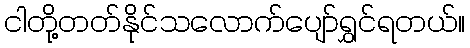
ငါတို့တတ်နိုင်သလောက်ပျော်ရွှင်ရတယ်။